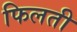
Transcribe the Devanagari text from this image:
फिलती